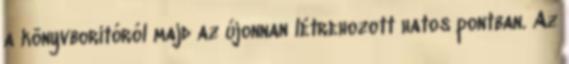
a könyvborítóról majd az újonnan létrehozott hatos pontban. Az